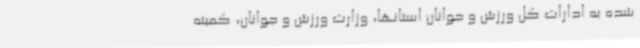
شده به ادارات کل ورزش و جوانان استانها، وزارت ورزش و جوانان، کمیته